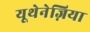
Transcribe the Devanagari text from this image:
यूथेनेज़िया